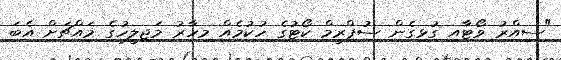
"ސިއްރު ވޯޓާއި ގުޅިގެން ސުޕްރީމް ކޯޓުގެ ހުކުމެއް މިހާރު މަޖިލީހުގެ މައްޗަށް އެބަ